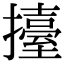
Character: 擡